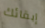
إبقائك